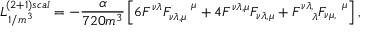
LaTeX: { \cal L } _ { 1 / m ^ { 3 } } ^ { ( 2 + 1 ) s c a l } = - \frac { \alpha } { 7 2 0 m ^ { 3 } } \left[ 6 F ^ { \nu \lambda } F _ { \nu \lambda , \mu } ^ { ~ ~ ~ ~ \mu } + 4 F ^ { \nu \lambda , \mu } F _ { \nu \lambda , \mu } + F _ { ~ ~ ~ \lambda } ^ { \nu \lambda , } F _ { \nu \mu , } ^ { ~ ~ ~ \mu } \right] ,